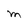
Character: M